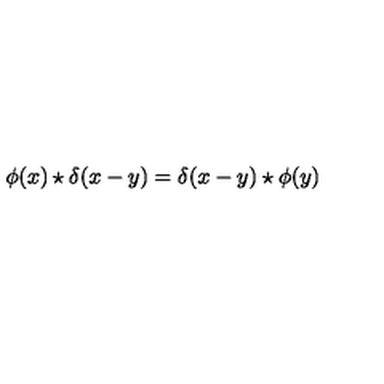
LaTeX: \phi ( x ) \star \delta ( x - y ) = \delta ( x - y ) \star \phi ( y )